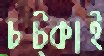
চট্‌কাই